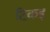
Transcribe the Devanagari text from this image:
टिकड़